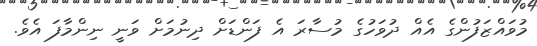
މުވައްޒަފުންގެ އެއް ދުވަހުގެ މުސާރަ އެ ފަންޑަށް ދިނުމަށް ވަނީ ނިންމާފަ އެވެ.